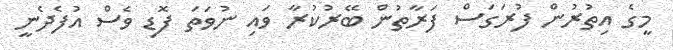
މީގެ އިތުރުން ފުރަގަސް ފަރާތުން ބޭރުކުރާ ވައި ނުވަތަ ފޮޑި ވެސް އުފެދެނީ